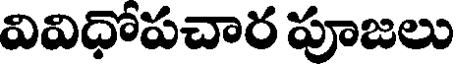
వివిధోపచార పూజలు